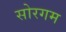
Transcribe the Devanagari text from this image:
सोरगम